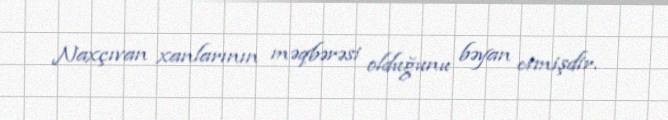
Naxçıvan xanlarının məqbərəsi olduğunu bəyan etmişdir.